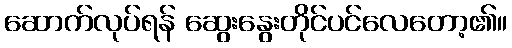
ဆောက်လုပ်ရန် ဆွေးနွေးတိုင်ပင်လေတော့၏။